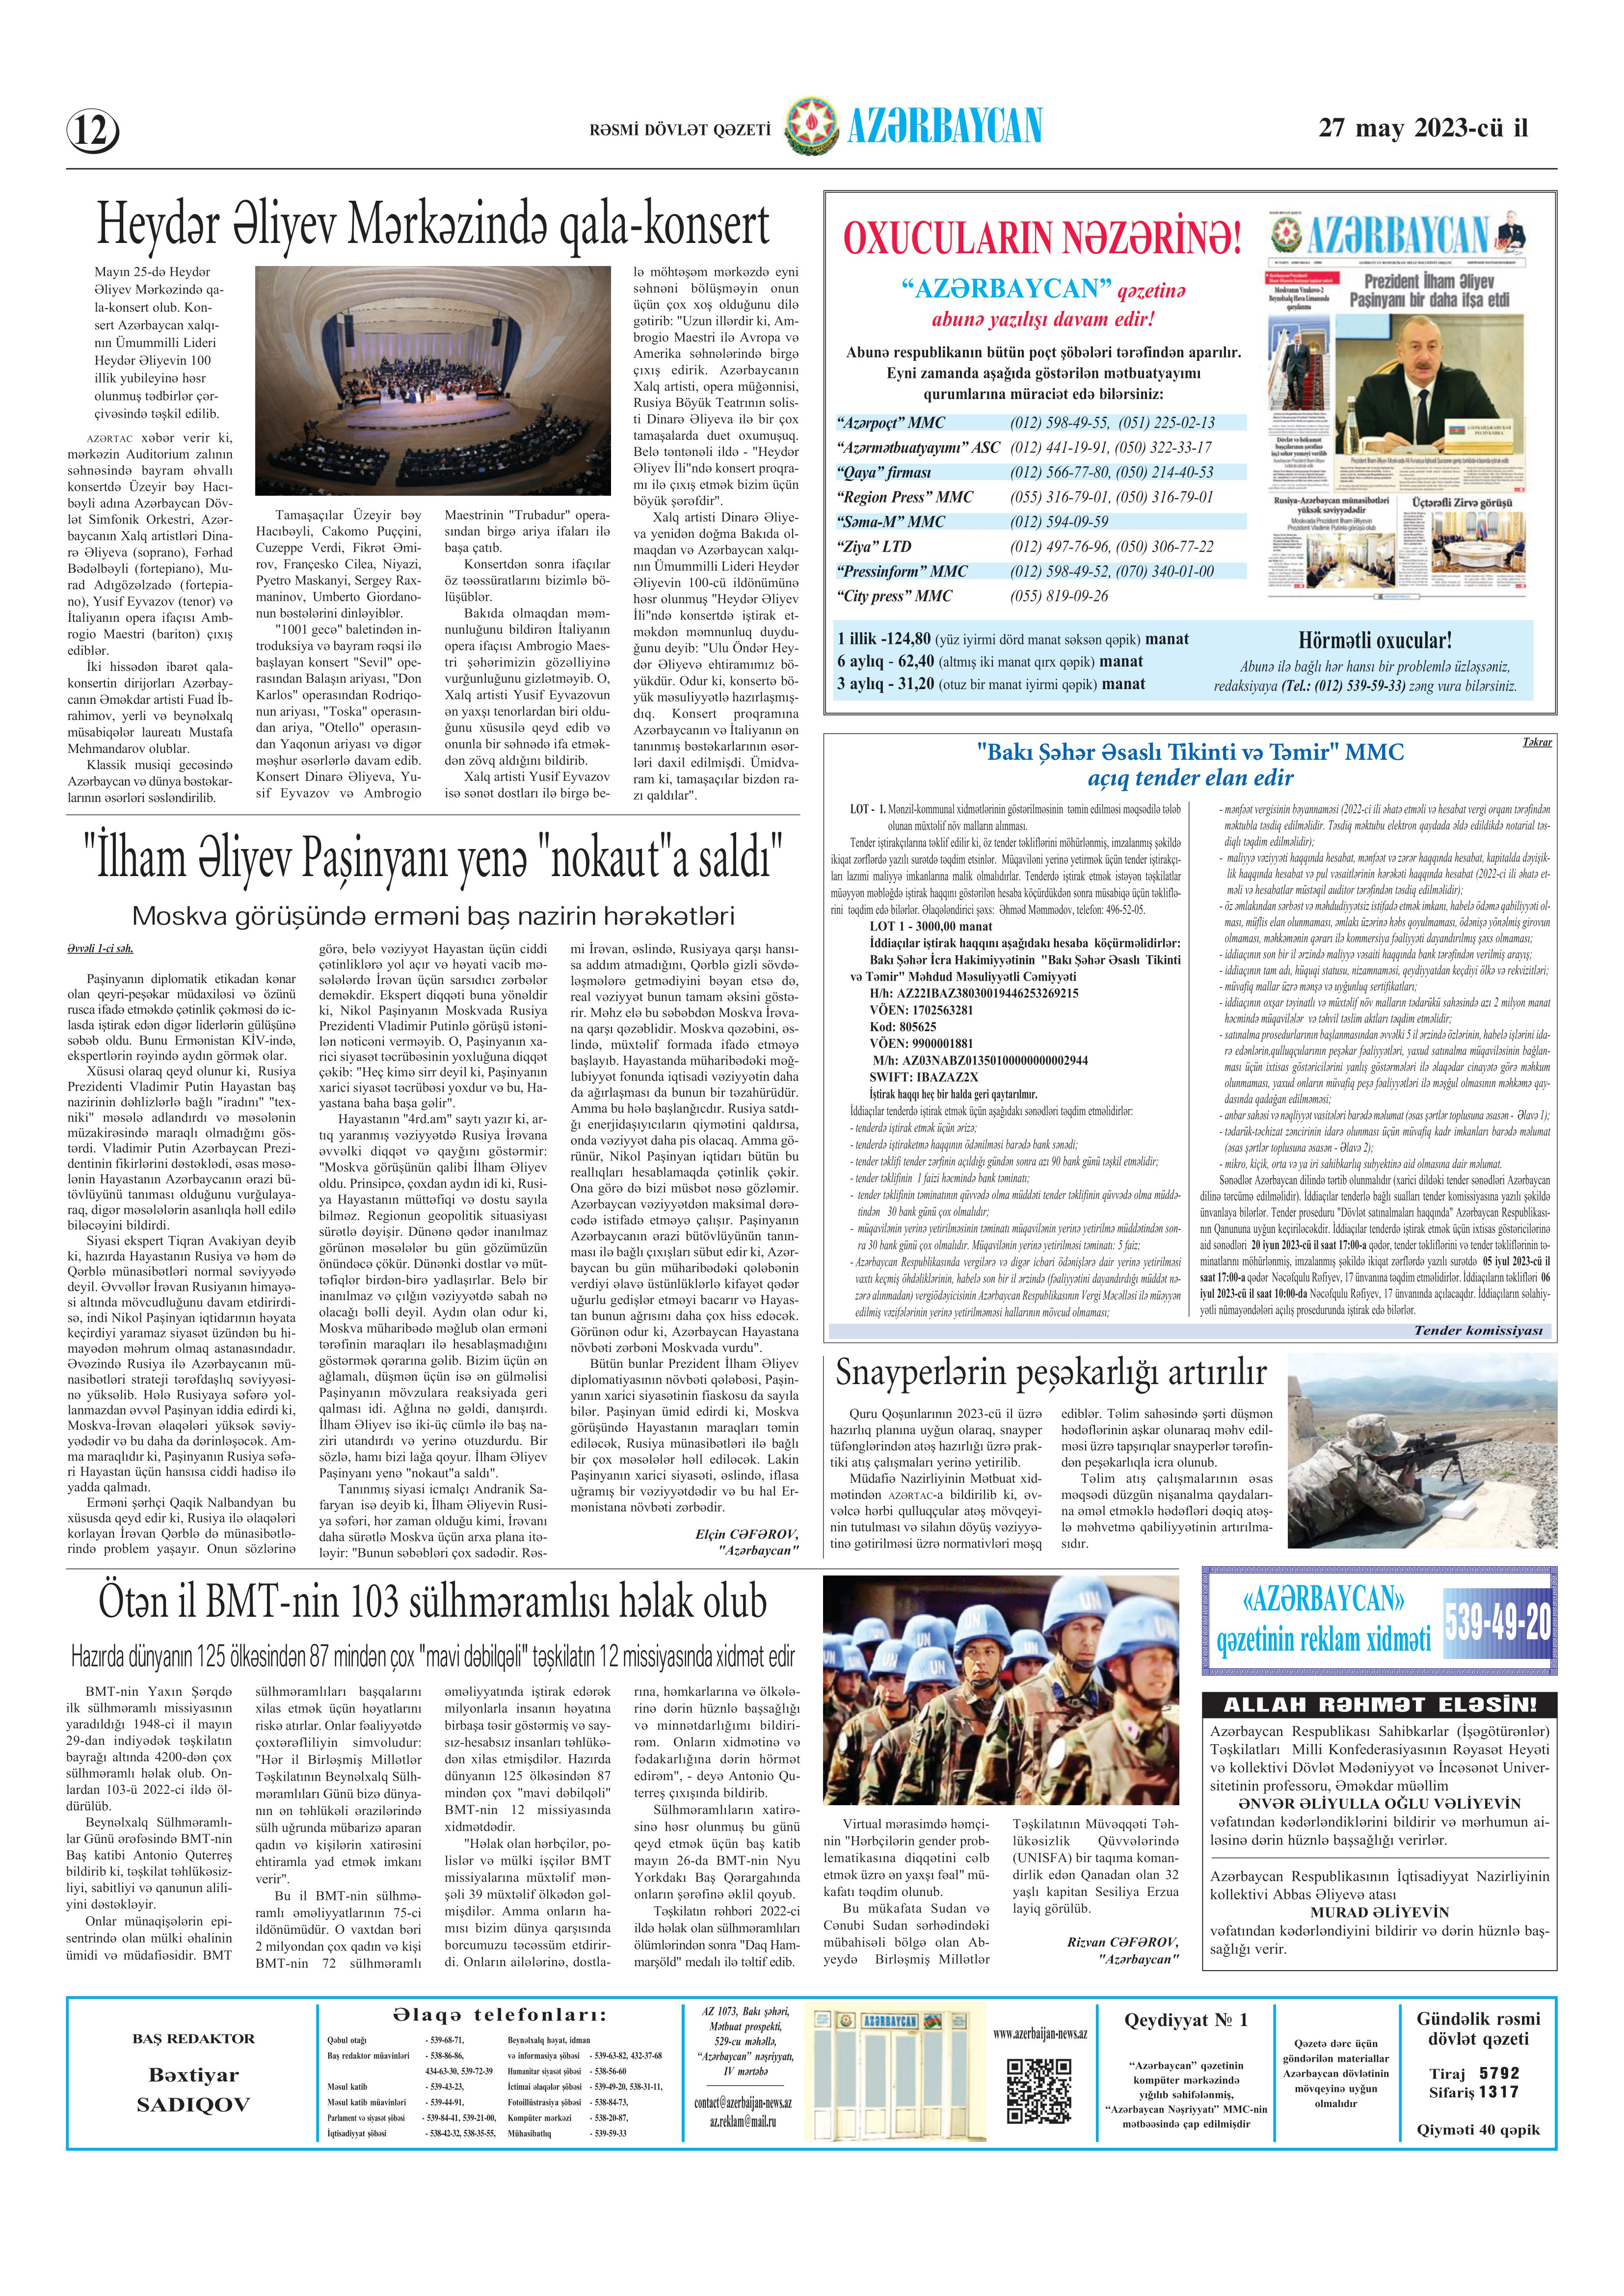
Language: az